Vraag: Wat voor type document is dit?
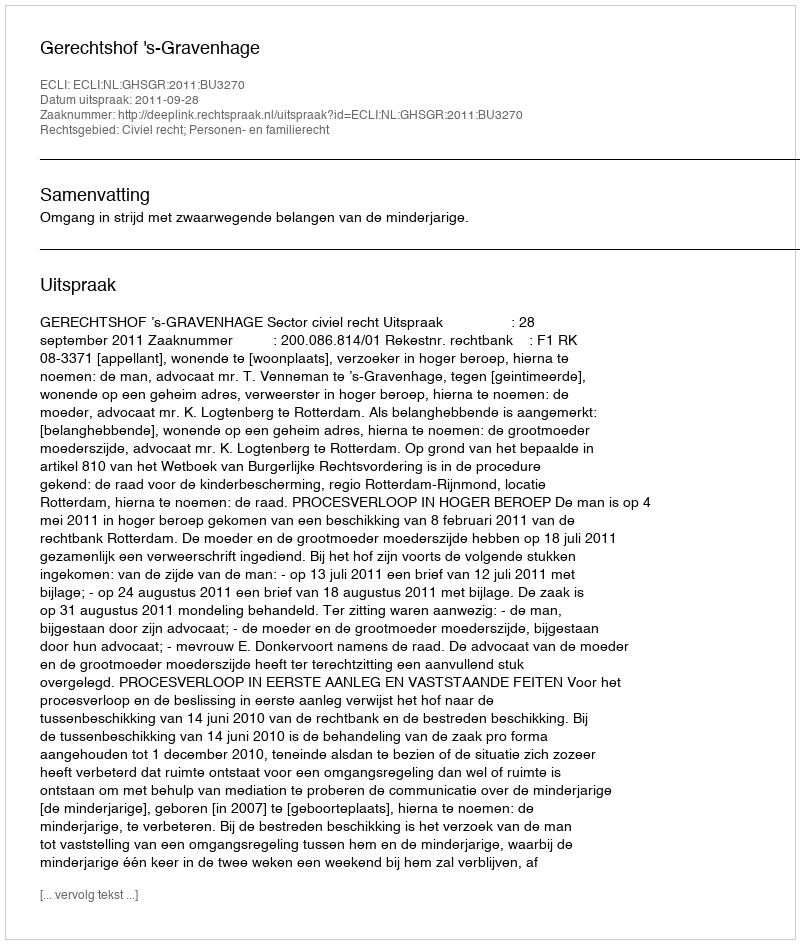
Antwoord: Uitspraak